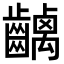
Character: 𪙥